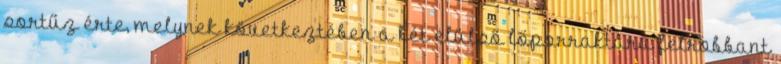
sortűz érte, melynek következtében a két elülső lőporraktára felrobbant